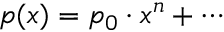
p ( x ) = p _ { 0 } \cdot x ^ { n } + \cdots